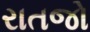
રાતજો